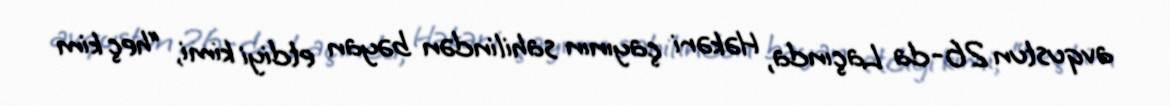
avqustun 26-da Laçında, Həkəri çayının sahilindən bəyan etdiyi kimi, “heç kim